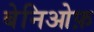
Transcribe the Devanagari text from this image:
बेनिओफ़